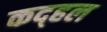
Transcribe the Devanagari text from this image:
कद्हल